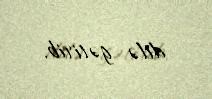
dilə gətirib.